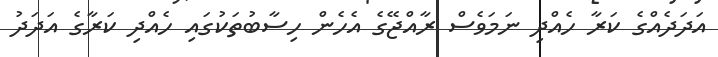
އަދަދެއްގެ ކަރާ ހެއްދި ނަމަވެސް ރާއްޖޭގެ އެހެން ހިސާބުތަކުގައި ހެއްދި ކަރާގެ އަދަދު